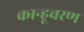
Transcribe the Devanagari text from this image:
कान्हूचरण